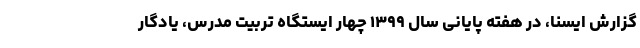
گزارش ایسنا، در هفته پایانی سال ۱۳۹۹ چهار ایستگاه تربیت مدرس، یادگار